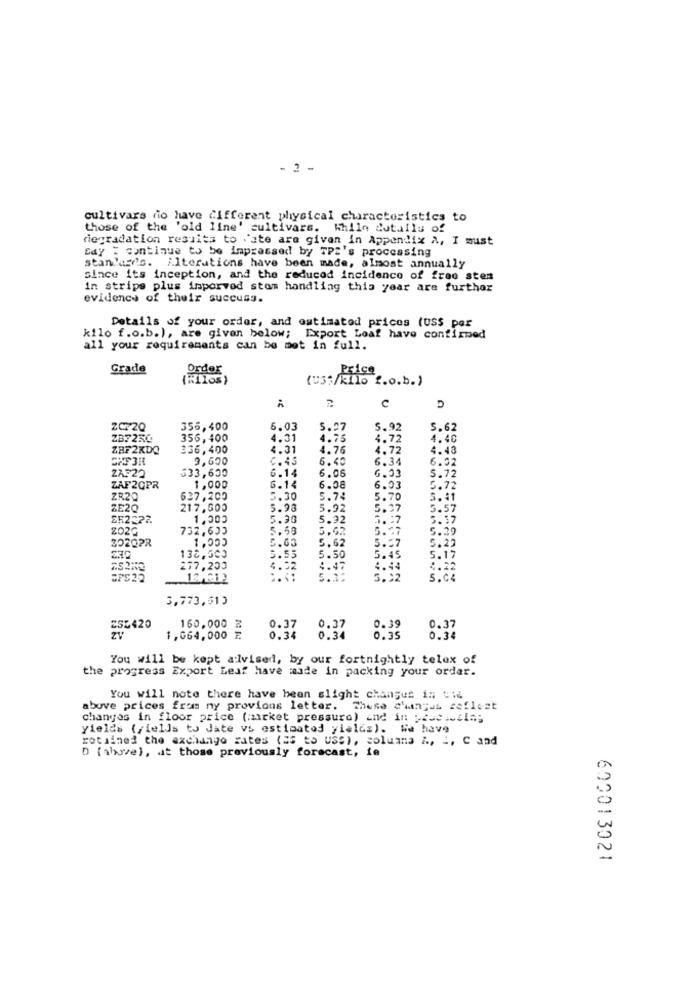
- 2 -
cultivars do have different physical characteristics to
those of the 'old line' cultivars. While dutalls of
degradation results to date are given in Appendix A, I must
Say : continue to be impressed by TPZ's processing
stan'ard's. Alterations have been made, almost annually
since its inception, and the reduced incidence of free stem
in strips plus imporved stom handling this year are further
evidence of their success.
Details of your order, and estimated prices (US$ per
kilo f.o.b.), are given below; Export Loaf have confirmed
all your requirements can be met in full.
Grade
Order
Price
(Us;/kilo f.o.b.)
C
ZCr20
355,400
5.03
5.27
5.92
5.62
ZB7230
356,400
4.31
4.75
4.72
4.40
ZBF2KDO
336,400
4.31
4.76
4.72
4.40
CIF3R
9,600
.45
6.40
6.34
6.52
ZAP22
333,600
6.14
6.06
6.33
5.72
ZAF2QPR
1,000
6.14
6.08
6.03
0.72
ZR20
637,200
5.30
5.74
5.70
5.41
ZE2Q
217,000
5.98
5.92
5.2
5.57
252222
1.000
5.30
5.92
3.27
5.37
ZO2G
732,603
5.53
5.62
5.77
5.29
302022
5.63
5.62
5.57
5.23
138,500
5.55
5.50
5.45
5.17
277,200
4.32
4.4.
4.44
4.12
5.32
S.CA
3,773,51)
255420
160.000 %
0.37
0.37
0.39
0.37
1,064,000 ₣
0.34
0.3
0.35
0.34
You will be kept alvised, by our fortnightly telex of
the progress Export Leaf have made in packing your order.
You will note there have been slight changes in sie
above prices froms ny provions letter. These changes seflest
changes in floor price (market pressure) and in proc.sala;
yields {fields to Jate vs estimated yields). We have
rotained the exchange rates (ss to Uss), soluana &, i, C and
D {ahave), at those previously forecast, fe
600013021